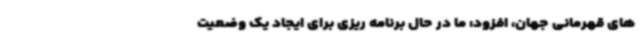
های قهرمانی جهان، افزود: ما در حال برنامه ریزی برای ایجاد یک وضعیت